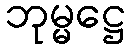
ဘုမ္မဋ္ဌေ